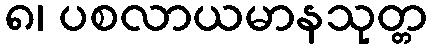
၈၊ ပစလာယမာနသုတ္တ